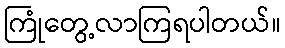
ကြုံတွေ့လာကြရပါတယ်။